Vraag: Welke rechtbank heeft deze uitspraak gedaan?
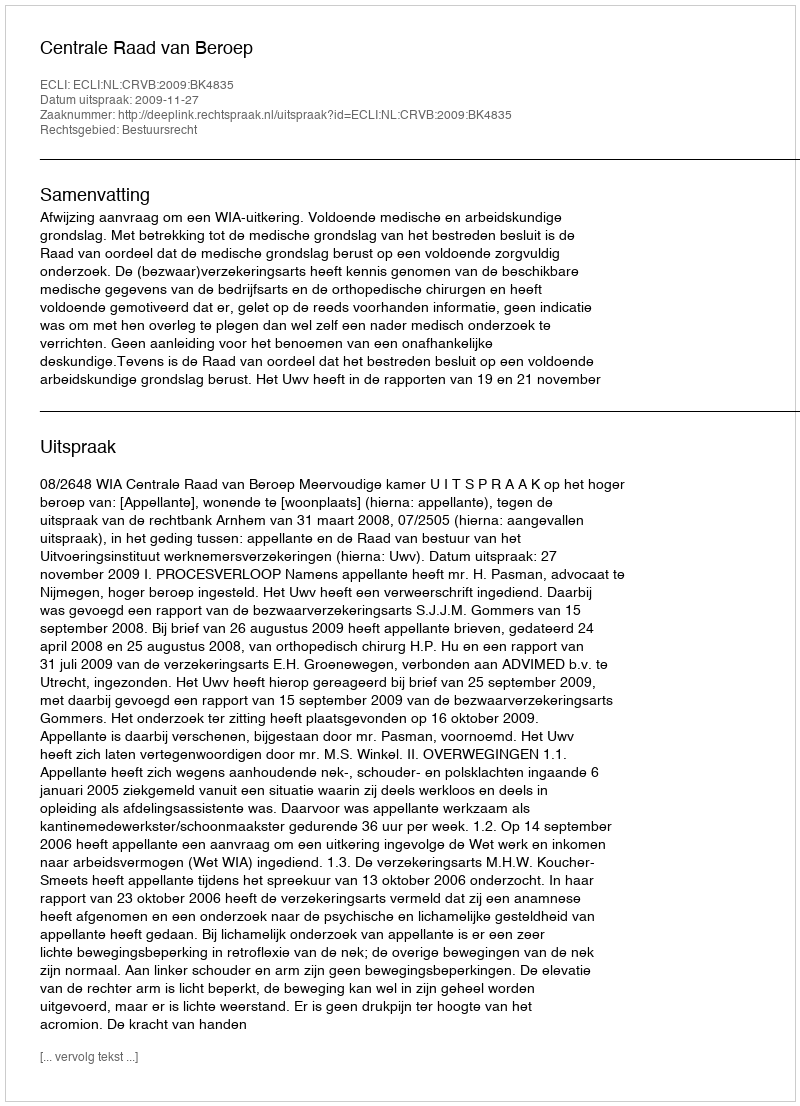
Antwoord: Centrale Raad van Beroep